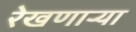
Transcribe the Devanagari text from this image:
रेखणाऱ्या